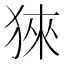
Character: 猍